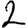
Digit: 2